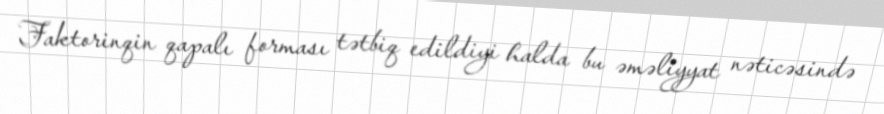
Faktorinqin qapalı forması tətbiq edildiyi halda bu əməliyyat nəticəsində